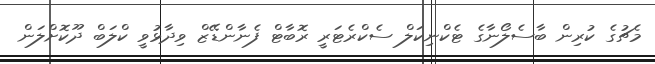
މެޗުގެ ކުރިން ބާސެލޯނާގެ ޓެކްނިކަލް ސެކްރެޓަރީ ރޮބާޓް ފެނާންޑޭޒް ވިދާޅުވީ ކްލަބް ދޫކޮށްލަން